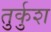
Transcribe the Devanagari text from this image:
तुर्कुश